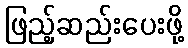
ဖြည့်ဆည်းပေးဖို့